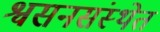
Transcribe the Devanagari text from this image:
श्वसनसंस्थेत